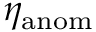
\eta _ { \mathrm { a n o m } }